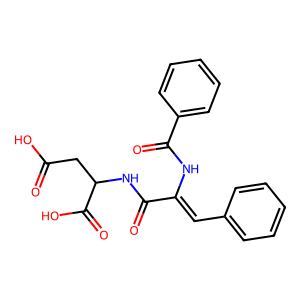
SMILES: O=C(O)CC(NC(=O)C(=Cc1ccccc1)NC(=O)c1ccccc1)C(=O)O
Inhibits HIV replication: No